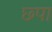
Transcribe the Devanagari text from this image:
छ्पा